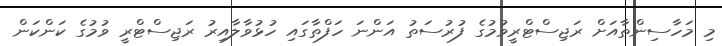
މި މަހާސިންތާއަށް ރަޖިސްޓްރީވުމުގެ ފުރުސަތު އަންނަ ހަފްތާގައި ހުޅުވާލާއިރު ރަޖިސްޓްރީ ވުމުގެ ކަންކަން